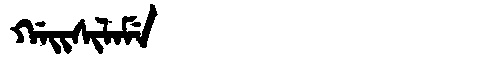
Manchu: ᡤᠠᡳᠰᡳᠯᠠᠮᡝ
Romanization: GAISILAME